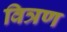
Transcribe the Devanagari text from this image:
वित्रण